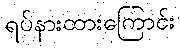
ရပ်နားထားကြောင်း